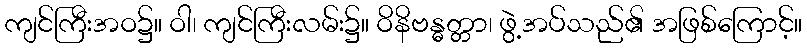
ကျင်ကြီးအဝ၌။ ဝါ၊ ကျင်ကြီးလမ်း၌။ ဝိနိဗန္ဓတ္တာ၊ ဖွဲ့အပ်သည်၏ အဖြစ်ကြောင့်။